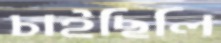
চাইছিলি